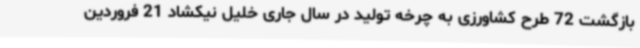
بازگشت 72 طرح کشاورزی به چرخه تولید در سال جاری خلیل نیکشاد 21 فروردین